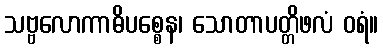
သဗ္ဗလောကာဓိပစ္စေန၊ သောတာပတ္တိဖလံ ဝရံ။